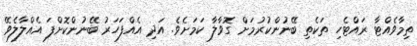
ތިމާވެއްޓާ ރައްޓެހި ތަކެތި ބޭނުންކުރުމަށް ގޮވާލާ ކަމަށެވެ. އަދި އެއްފަހަރު ބޭނުންކޮށްފަ އެއްލާލެވޭ